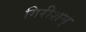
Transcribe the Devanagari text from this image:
गिरीशम्